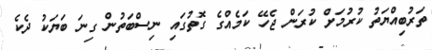
ތަރުބިއްޔަތު ކުރުމަށް ކުރަން ޖެހޭ ކަމެއްގެ ގޮތުގައި ނިސްބަތުން ގިނަ ބަޔަކު ދެކެ